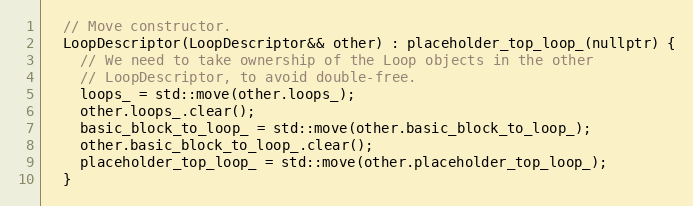
Language: C
  // Move constructor.
  LoopDescriptor(LoopDescriptor&& other) : placeholder_top_loop_(nullptr) {
    // We need to take ownership of the Loop objects in the other
    // LoopDescriptor, to avoid double-free.
    loops_ = std::move(other.loops_);
    other.loops_.clear();
    basic_block_to_loop_ = std::move(other.basic_block_to_loop_);
    other.basic_block_to_loop_.clear();
    placeholder_top_loop_ = std::move(other.placeholder_top_loop_);
  }